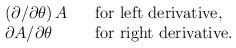
LaTeX: \begin{align*}\begin{array}{lll}\displaystyle\left(\partial /\partial\theta\right) A &&{\rm for\ left\ derivative},\\\displaystyle\partial A/\partial\theta &&{\rm for\ right\ derivative}.\end{array}\end{align*}